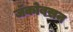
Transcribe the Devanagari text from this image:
जॅकोबसन